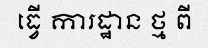
ធ្វើ ការដ្ឋាន ថ្ម ពី